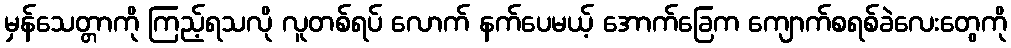
မှန်သေတ္တာကို ကြည့်ရသလို လူတစ်ရပ် လောက် နက်ပေမယ့် အောက်ခြေက ကျောက်စရစ်ခဲလေးတွေကို